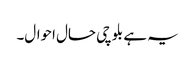
یہ ہے بلوچی حال احوال۔